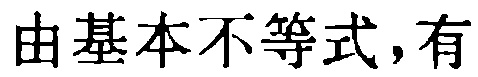
由基本不等式,有